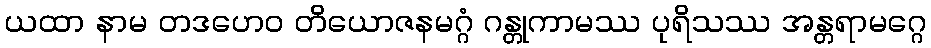
ယထာ နာမ တဒဟေဝ တိယောဇနမဂ္ဂံ ဂန္တုကာမဿ ပုရိသဿ အန္တရာမဂ္ဂေ